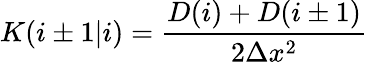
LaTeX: K(i\pm 1|i)=\frac{D(i)+D(i\pm 1)}{2\Delta x^{2}}